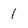
Character: 1